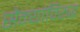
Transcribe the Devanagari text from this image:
सैन्यांविरूद्ध